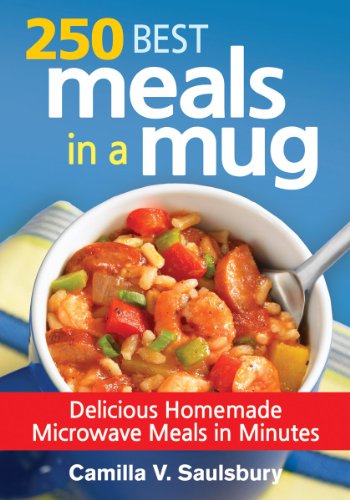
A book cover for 250 Best Meals in a Mug: Delicious Homemade Microwave Meals in Minutes; Camilla Saulsbury; Cookbooks, Food & Wine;